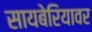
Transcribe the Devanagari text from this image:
सायबेरियावर